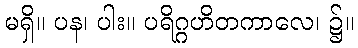
မရှိ။ ပန၊ ပါး။ ပရိဂ္ဂဟိတကာလေ၊ ၌။